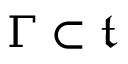
\Gamma \subset { \mathfrak { t } }